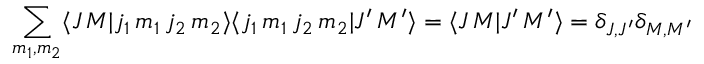
\sum _ { m _ { 1 } , m _ { 2 } } \langle J \, M | j _ { 1 } \, m _ { 1 } \, j _ { 2 } \, m _ { 2 } \rangle \langle j _ { 1 } \, m _ { 1 } \, j _ { 2 } \, m _ { 2 } | J ^ { \prime } \, M ^ { \prime } \rangle = \langle J \, M | J ^ { \prime } \, M ^ { \prime } \rangle = \delta _ { J , J ^ { \prime } } \delta _ { M , M ^ { \prime } }